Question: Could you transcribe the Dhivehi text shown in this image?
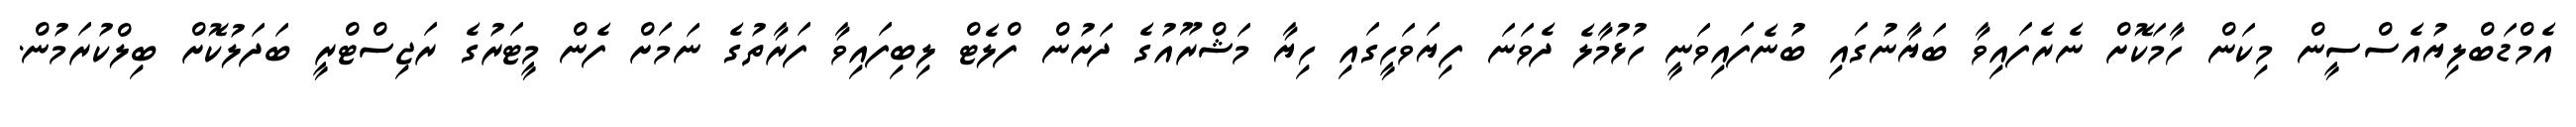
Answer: އެމްޑަބްލިޔުއެސްސީން މިކަން ހާމަކޮށް ނެރެފައިވާ ބަޔާނުގައި ބުނެފައިވަނީ ހުޅުމާލެ ދެވަނަ ފިޔަވަހީގައި ހިޔާ މަޝްރޫއުގެ ދަށުން ފްލެޓް ލިބިފައިވާ ފަރާތުގެ ނަމަށް ފެން މީޓަރުގެ ރަޖިސްޓްރީ ބަދަލުކޮށް ބިލްކުރަމުން.